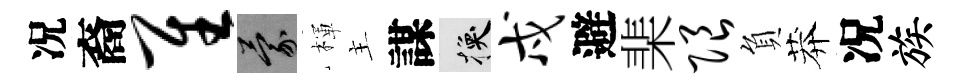
况裔隹蒙楎主謀换戍避棐限負莽况族